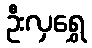
ဦးလှရွှေ